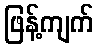
ဖြန့်ကျက်